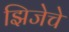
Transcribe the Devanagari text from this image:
झिजेचे